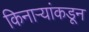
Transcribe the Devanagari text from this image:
किनाऱ्यांकडून